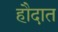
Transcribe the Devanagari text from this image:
हौदात